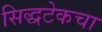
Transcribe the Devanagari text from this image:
सिद्धटेकचा